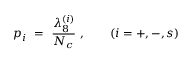
p _ { i } \ = \ \frac { \lambda _ { 8 } ^ { ( i ) } } { N _ { c } } \ , \qquad ( i = + , - , s )